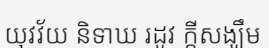
យុវវ័យ និទាឃ រដូវ ក្តីសង្ឃឹម